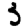
Digit: 3